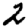
Digit: 2